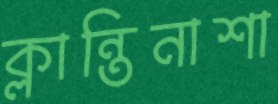
ক্লান্তিনাশা